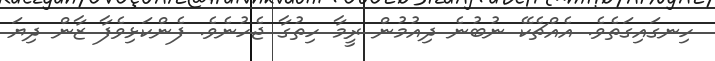
ހިނގައިގަތެވެ. އެއްޗެކޭ ނުބުނެ ދިއުމުން ރީމާ ހިތުގާ ޖެހުނެވެ. ފެންކަޅިވެފާ ޒާން ދިޔަ